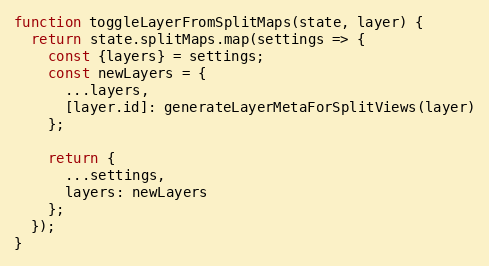
Language: JavaScript
function toggleLayerFromSplitMaps(state, layer) {
  return state.splitMaps.map(settings => {
    const {layers} = settings;
    const newLayers = {
      ...layers,
      [layer.id]: generateLayerMetaForSplitViews(layer)
    };

    return {
      ...settings,
      layers: newLayers
    };
  });
}